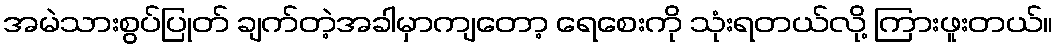
အမဲသားစွပ်ပြုတ် ချက်တဲ့အခါမှာကျတော့ ရေစေးကို သုံးရတယ်လို့ ကြားဖူးတယ်။